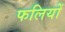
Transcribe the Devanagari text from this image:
फलियों